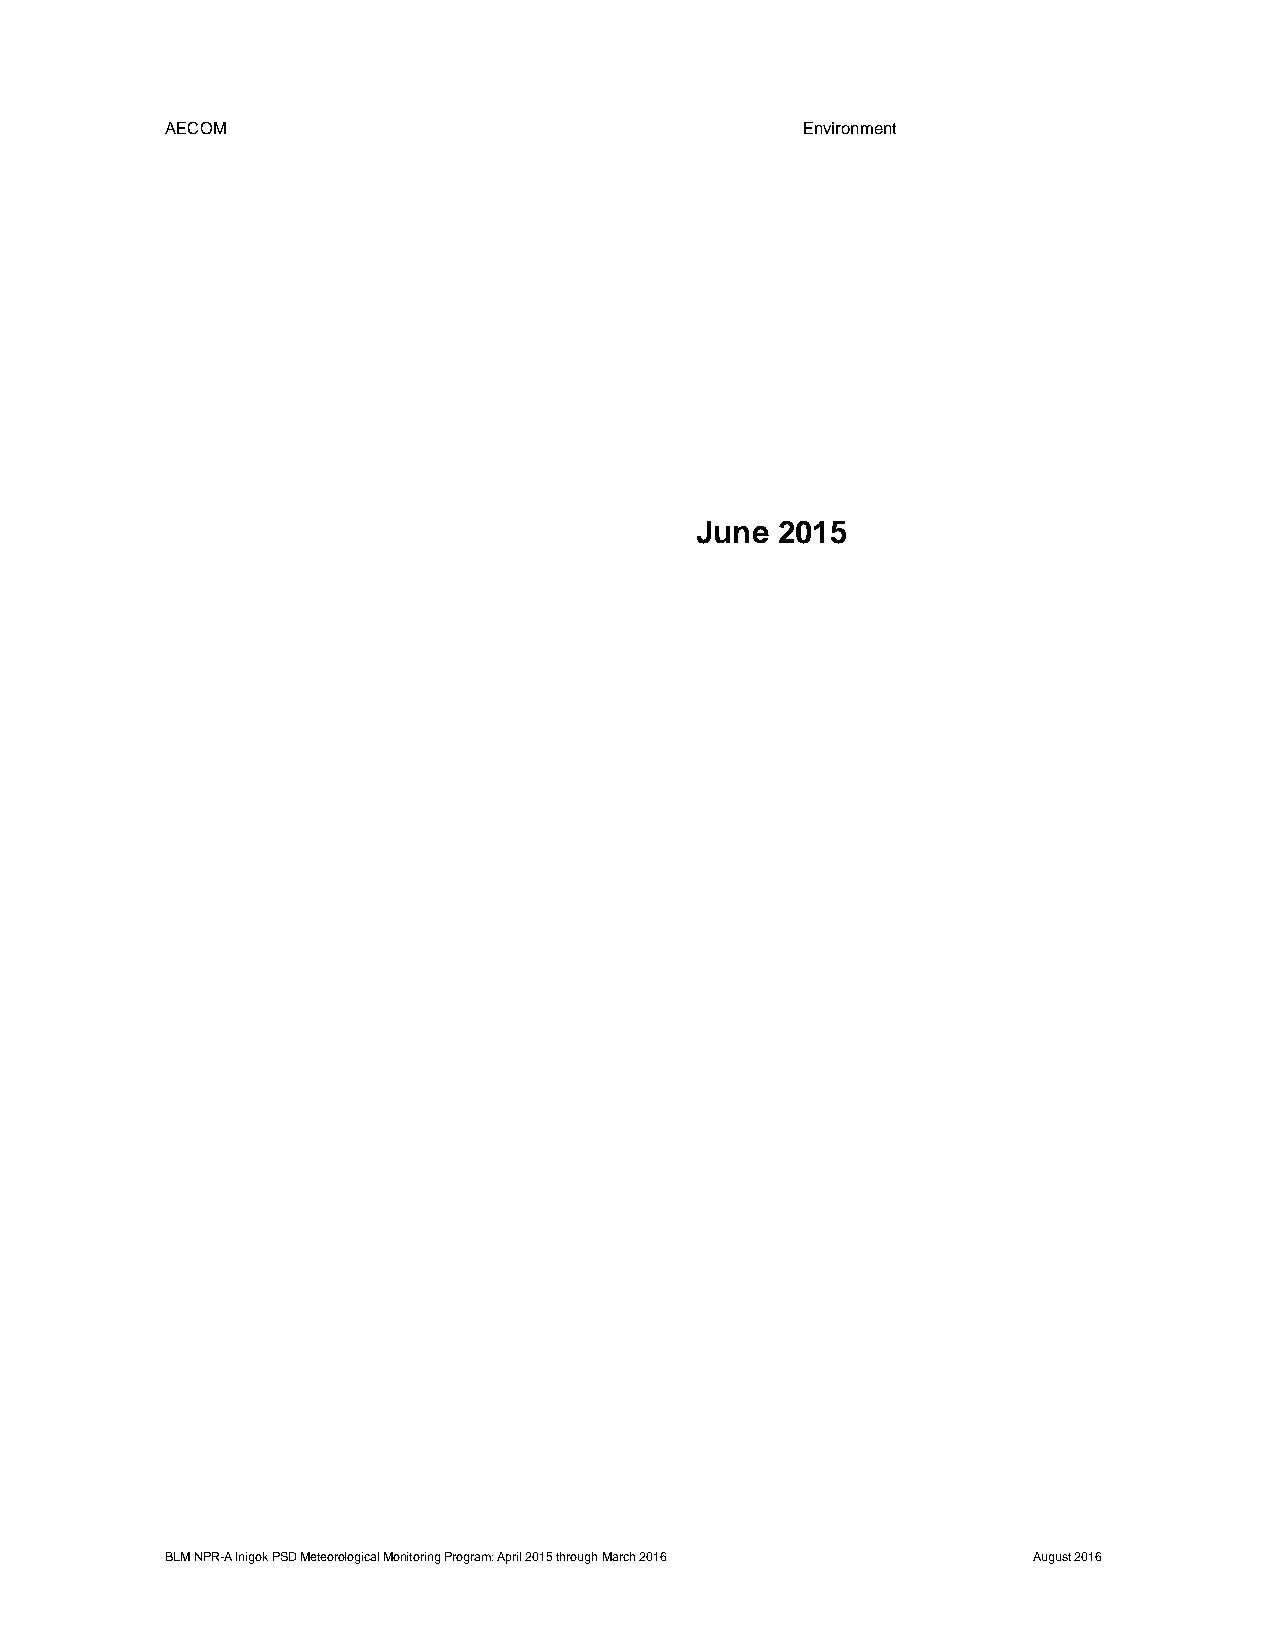
AECOM                                     Environment
 June 2015
 BLM NPR-A Inigok PSD Meteorological Monitoring Program: April 2015 through March 2016 August 2016